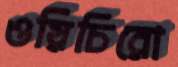
ওয়িচিরো